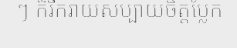
ៗ ក៏រីករាយសប្បាយចិត្តប្លែក